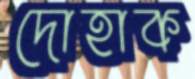
দোহাক